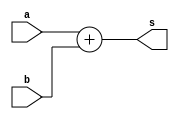
module add32(a,b,s);
input [31:0]a,b;
output [31:0]s;

assign s=a+b;

endmodule